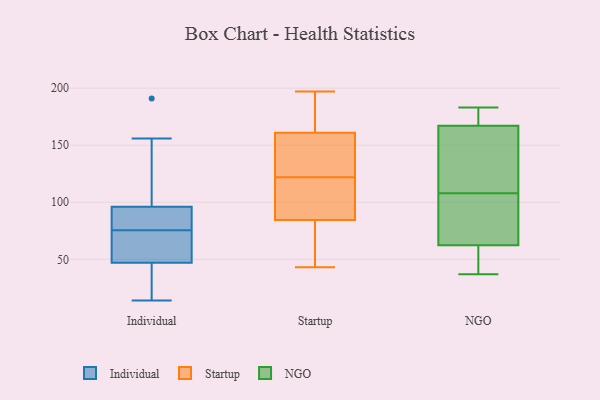
{"axis": {"x": "Tickets Resolved", "y": "Value"}, "legend": ["Individual", "NGO", "Startup"], "data": [{"x": "", "y": 50, "type": "Individual"}, {"x": "", "y": 96, "type": "Individual"}, {"x": "", "y": 82, "type": "Individual"}, {"x": "", "y": 74, "type": "Individual"}, {"x": "", "y": 59, "type": "Individual"}, {"x": "", "y": 96, "type": "Individual"}, {"x": "", "y": 77, "type": "Individual"}, {"x": "", "y": 156, "type": "Individual"}, {"x": "", "y": 148, "type": "Individual"}, {"x": "", "y": 79, "type": "Individual"}, {"x": "", "y": 119, "type": "Individual"}, {"x": "", "y": 191, "type": "Individual"}, {"x": "", "y": 44, "type": "Individual"}, {"x": "", "y": 16, "type": "Individual"}, {"x": "", "y": 93, "type": "Individual"}, {"x": "", "y": 68, "type": "Individual"}, {"x": "", "y": 14, "type": "Individual"}, {"x": "", "y": 41, "type": "Individual"}, {"x": "", "y": 24, "type": "Individual"}, {"x": "", "y": 73, "type": "Individual"}, {"x": "", "y": 117, "type": "Startup"}, {"x": "", "y": 193, "type": "Startup"}, {"x": "", "y": 68, "type": "Startup"}, {"x": "", "y": 197, "type": "Startup"}, {"x": "", "y": 107, "type": "Startup"}, {"x": "", "y": 58, "type": "Startup"}, {"x": "", "y": 163, "type": "Startup"}, {"x": "", "y": 43, "type": "Startup"}, {"x": "", "y": 159, "type": "Startup"}, {"x": "", "y": 138, "type": "Startup"}, {"x": "", "y": 101, "type": "Startup"}, {"x": "", "y": 127, "type": "Startup"}, {"x": "", "y": 115, "type": "NGO"}, {"x": "", "y": 37, "type": "NGO"}, {"x": "", "y": 59, "type": "NGO"}, {"x": "", "y": 126, "type": "NGO"}, {"x": "", "y": 76, "type": "NGO"}, {"x": "", "y": 179, "type": "NGO"}, {"x": "", "y": 59, "type": "NGO"}, {"x": "", "y": 183, "type": "NGO"}, {"x": "", "y": 108, "type": "NGO"}, {"x": "", "y": 72, "type": "NGO"}, {"x": "", "y": 58, "type": "NGO"}, {"x": "", "y": 179, "type": "NGO"}, {"x": "", "y": 161, "type": "NGO"}, {"x": "", "y": 169, "type": "NGO"}, {"x": "", "y": 107, "type": "NGO"}]}